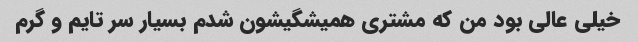
خیلی عالی بود من که مشتری همیشگیشون شدم بسیار سر تایم و گرم